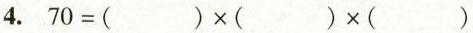
4.$$7 0 = ( ) \times ( ) \times ( )$$